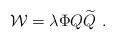
LaTeX: \begin{align*} {\cal W}=\lambda \Phi Q{\widetilde Q}~.\end{align*}